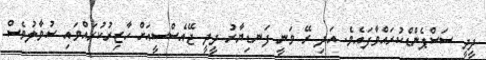
ދީދީ ސަސްޕެންޑްކުރައްވާފައެވެ. އަަދި ރޭ ވަނީ ފަނޑިޔާރު ދީދީ ޖޭއެސްސީއަށް ހާޒިރުކުރައްވައި ސުވާލުވެސް